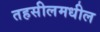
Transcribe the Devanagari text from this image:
तहसीलमधील